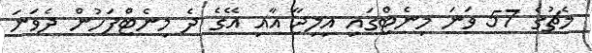
މެޗުގެ 57 ވަނަ މިނެޓްގައި އިލިޖާ އާއި އޭގެ ދެ މިނެޓްފަހުން ދެވަނަ